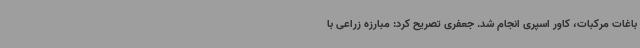
باغات مرکبات، کاور اسپری انجام شد. جعفری تصریح کرد: مبارزه زراعی با